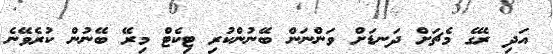
އަދި ރޭގެ މެޗަށް ދަނޑަށް ވަންނަން ބޭނުންކުރި ޓިކެޓް މިރޭ ބޭނުން ކުރެވޭނެ